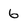
Character: 6